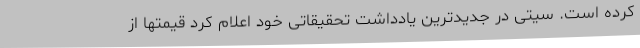
کرده است. سیتی در جدیدترین یادداشت تحقیقاتی خود اعلام کرد قیمتها از